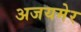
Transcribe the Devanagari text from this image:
अजयमेर